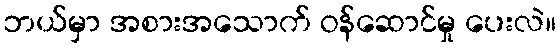
ဘယ်မှာ အစားအသောက် ဝန်ဆောင်မှု ပေးလဲ။